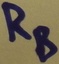
Text: RB